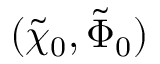
( { \tilde { \chi } _ { 0 } } , { \tilde { \Phi } _ { 0 } } )